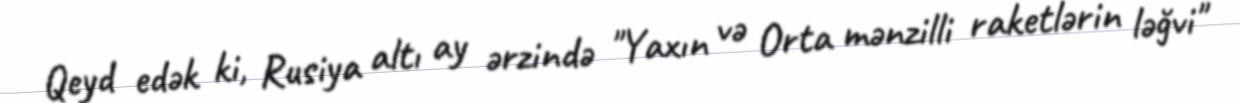
Qeyd edək ki, Rusiya altı ay ərzində "Yaxın və Orta mənzilli raketlərin ləğvi"